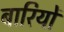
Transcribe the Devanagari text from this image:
बारियों